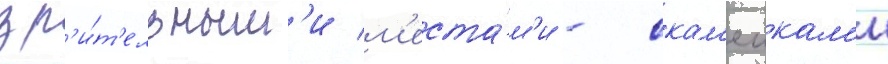
зр'и́т'ельным'и м'еста́м'и - скам'еикам'и